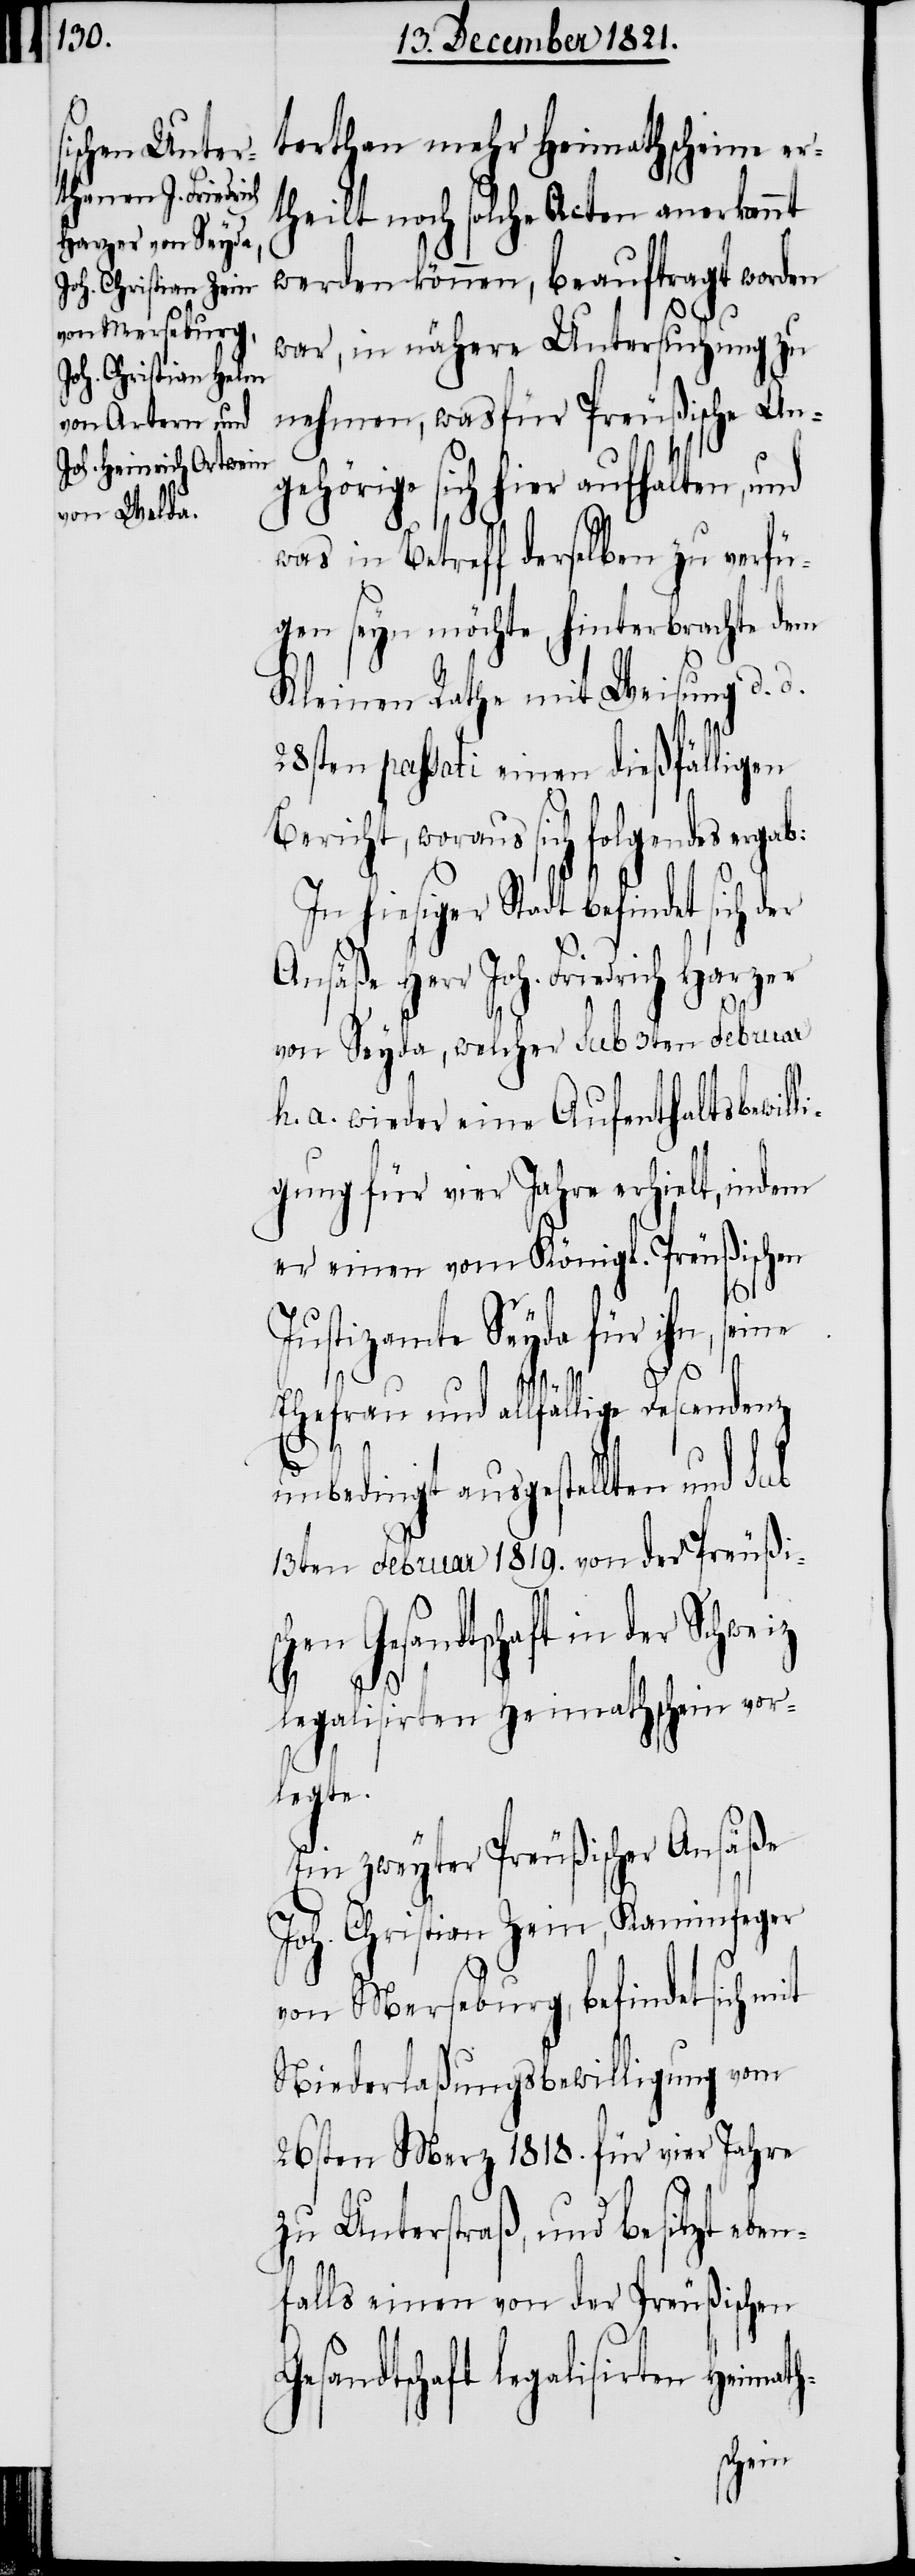
terthan mehr Heimathscheine er¬
theilt noch solche Acten anerkannt
werden können, beauftragt worden
th-
war, in nähere Untersuchung zu
nehmen, was für Preußische An¬
gehörige sich hier aufhalten, und
was in Betreff derselben zu verfü¬
gen seyn möchte, hinterbrachte dem
Kleinen Rathe mit Weisung d.
28sten passati einen dießfälligen
Bericht, woraus sich folgendes
In hiesiger Stadt befindet sich der
Ansäße Herr Joh. Friedrich Harzer
von Seyda, welcher sub 3ten Februar
h. a. wieder eine Aufenthaltsbewill¬
igung für vier Jahre erhielt, indem
er einen vom Königl. Preußischen
Justizamte Seyda für ihn, seine
Ehefrau und allfällige Descendenz
unbedingt ausgestellten und sub
13ten Februar 1819. von der Preußis¬
chen Gesandtschaft in der Schweiz
d.
legalisirten Heimathschein vor¬
legte.
Ein zweyter Preußischer Ansäße
Joh. Christian Zein, Kaminfeger
von Merseburg, befindet sich mit
Niederlaßungsbewilligung vom
26sten Merz 1818. für vier Jahre
zu Unterstraß, und besitzt eben¬
falls einen von der Preußischen
Gesandtschaft legalisirten Heima¬